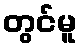
တွင်မူ